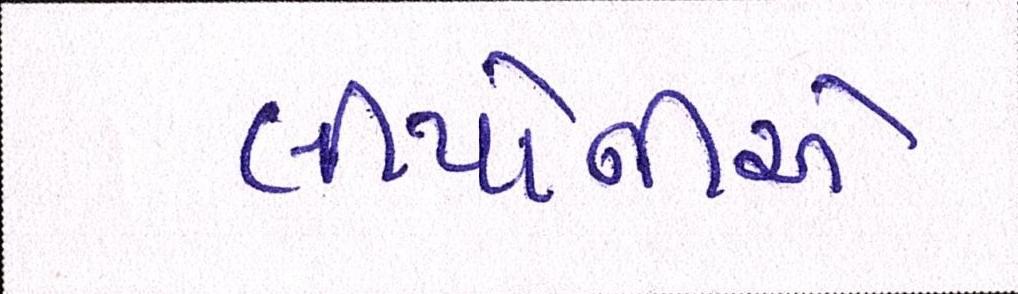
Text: લીયોનીએ